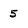
Character: 5